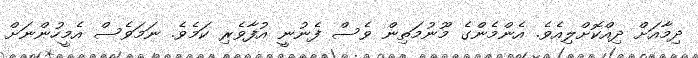
ދިމާއަށް ދިއްކޮށްލިއެވެ. އެންމެންގެ މޫނުމަތިން ވެސް ފެނުނީ އުފާވެރި ކަމެވެ. ނަމަވެސް އެމީހުންނަށް